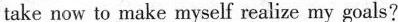
take now to make myself realize my goals?